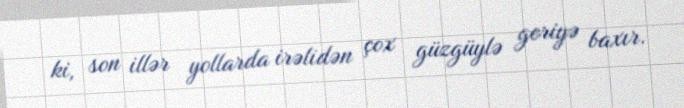
ki, son illər yollarda irəlidən çox güzgüylə geriyə baxır.